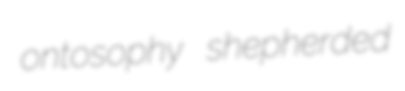
ontosophy shepherded